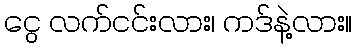
ငွေ လက်ငင်းလား၊ ကဒ်နဲ့လား။